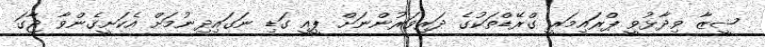
ޝީޒާ ވިދާޅުވީ ޕްރައިމަރީ ގްރޭޑްތަކުގެ ދަރިވަރުންނަށް ޕީއީ ގަޑި ނަގައިދިނުމަށް އެކަށީގެންވާ ޖާގަ